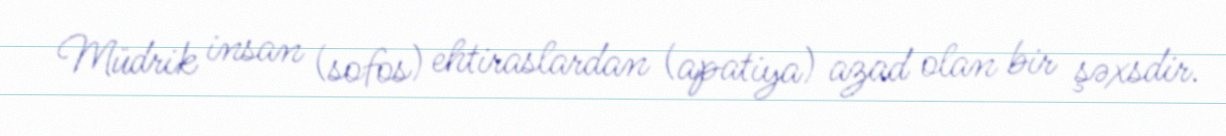
Müdrik insan (sofos) ehtiraslardan (apatiya) azad olan bir şəxsdir.